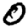
Digit: 0